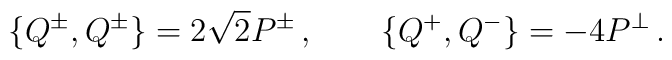
\{Q^\pm,Q^\pm\}=2\sqrt2 P^\pm\,,\qquad \{Q^+,Q^-\}=-4P^\perp\,.